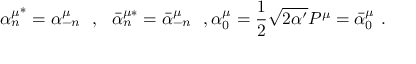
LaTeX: { \alpha _ { n } ^ { \mu } } ^ { * } = \alpha _ { - n } ^ { \mu } \ \ , \ \ { \bar { \alpha } _ { n } ^ { \mu * } } = \bar { \alpha } _ { - n } ^ { \mu } \ \ , \alpha _ { 0 } ^ { \mu } = \frac { 1 } { 2 } \sqrt { 2 \alpha ^ { \prime } } P ^ { \mu } = \bar { \alpha } _ { 0 } ^ { \mu } \ .